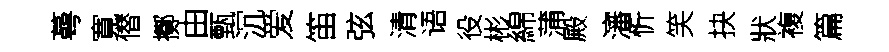
蕚寛僣擲由甄沉爱笛弦清语役彬綿蒲殿瀋忻笑抉狀複篇